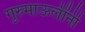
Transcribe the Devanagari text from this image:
गुरुमाऊलींनी